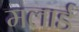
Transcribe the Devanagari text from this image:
मलार्ड